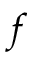
f